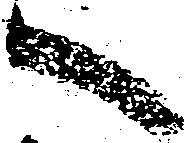
へ